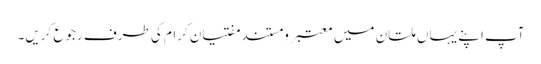
آپ اپنے یہاں ملتان میں معتبر و مستند مفتیان کرام کی طرف رجوع کریں۔